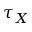
\tau _ { X }